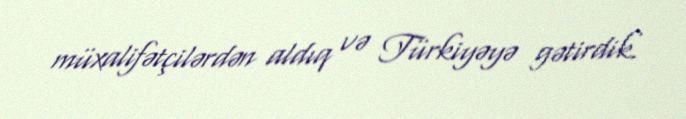
müxalifətçilərdən aldıq və Türkiyəyə gətirdik.